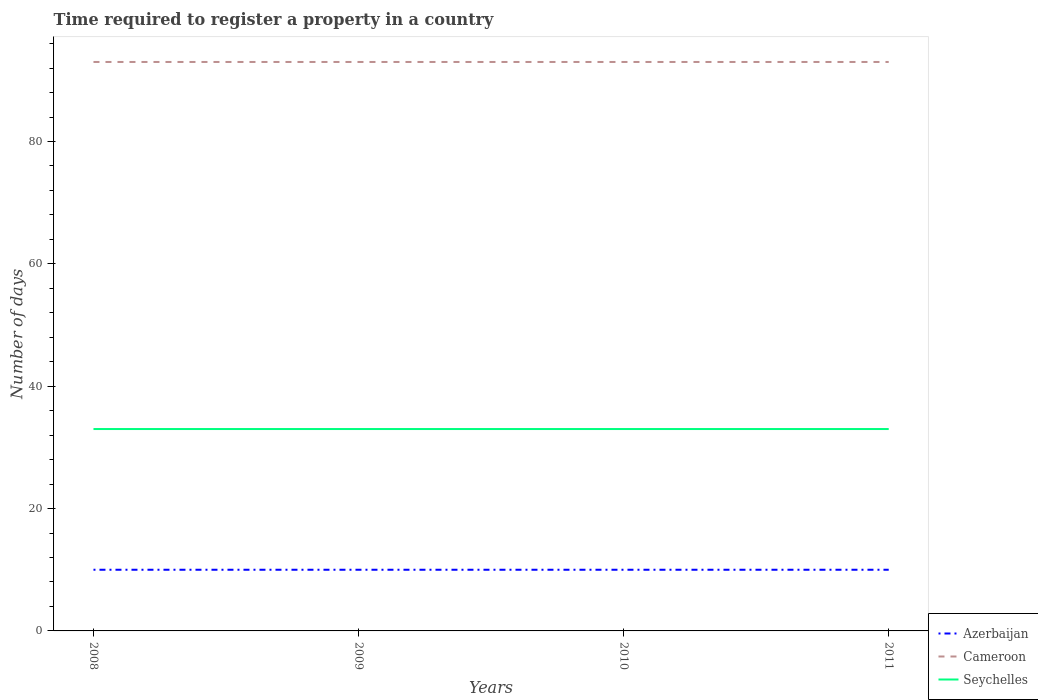
| Years | Azerbaijan | Cameroon | Seychelles |
 | --- | --- | --- | --- |
 | 2008 | 10 | 93 | 33 |
 | 2009 | 10 | 93 | 33 |
 | 2010 | 10 | 93 | 33 |
 | 2011 | 10 | 93 | 33 |